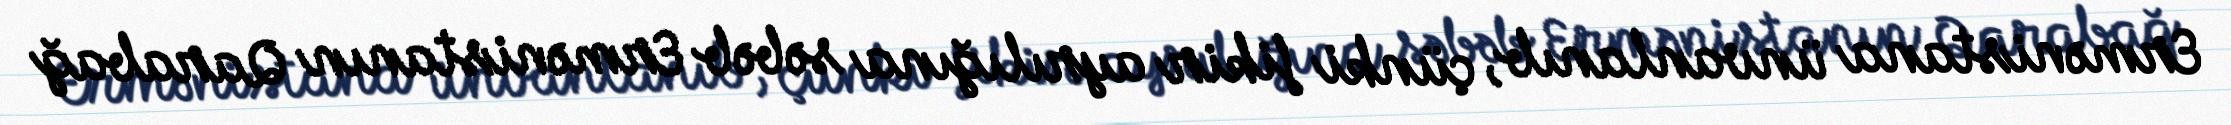
Ermənistana ünvanlanıb, çünki fikir ayrılığına səbəb Ermənistanın Qarabağ